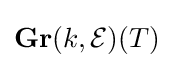
\mathbf {Gr} (k,{\mathcal {E}})(T)